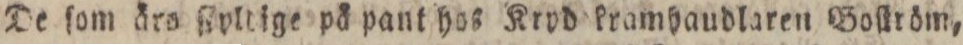
De ſom äro ſipltige på pant has Kryd kramhaudlaren Boſtröm,